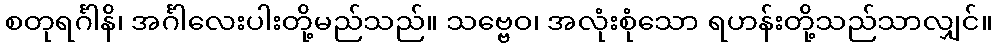
စတုရင်္ဂါနိ၊ အင်္ဂါလေးပါးတို့မည်သည်။ သဗ္ဗေဝ၊ အလုံးစုံသော ရဟန်းတို့သည်သာလျှင်။